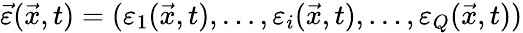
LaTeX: \vec{\varepsilon}(\vec{x},t)=(\varepsilon_{1}(\vec{x},t),\dots,\varepsilon_{i}(\vec{x},t),\dots,\varepsilon_{Q}(\vec{x},t))